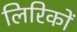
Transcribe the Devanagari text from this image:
लिरिकों